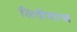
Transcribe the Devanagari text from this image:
लिपीशास्त्र